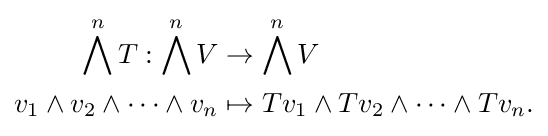
{\begin{aligned}\bigwedge ^{n}T:\bigwedge ^{n}V&\rightarrow \bigwedge ^{n}V\\v_{1}\wedge v_{2}\wedge \dots \wedge v_{n}&\mapsto Tv_{1}\wedge Tv_{2}\wedge \dots \wedge Tv_{n}.\end{aligned}}